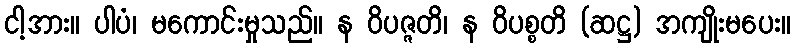
ငါ့အား။ ပါပံ၊ မကောင်းမှုသည်။ န ဝိပဇ္ဇတိ၊ န ဝိပစ္စတိ (ဆဋ္ဌ) အကျိုးမပေး။